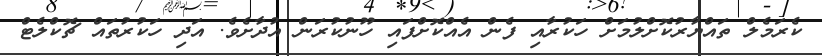
ކެރަމެލް ތައްޔާރުކޮށްލުމަށް ހަކުރާއި ފެން އެއްކޮށްފައި ހޫނުކުރަން އުދާށެވެ. އަދި ހަކުރުތައް ޗޮކްލެޓް